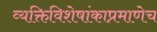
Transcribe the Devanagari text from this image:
व्यक्तिविशेषांकाप्रमाणेच